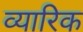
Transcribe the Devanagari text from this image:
व्यारिक